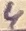
Text: 4